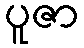
ပူဇာ